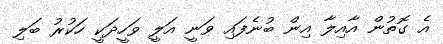
އެ ގޮތުން އާއިލާ އިން ބުނެފައި ވަނީ އަލީ ވަހީދަކީ ހަކުރު ބަލި